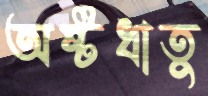
অষ্টধাতু